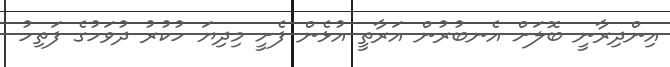
އިންދިރާނީ ބޮލަށް އެނބުރުން އަރާތީ އުޅެން ފެށީ މިދިޔަ ހުކުރު ދުވަހުގެ ފަތިހު